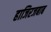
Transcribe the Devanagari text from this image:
हाजिरजबाब